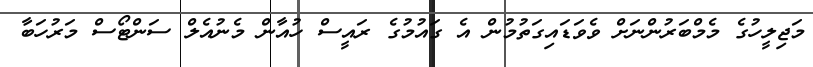
މަޖިލީހުގެ މެމްބަރުންނަށް ވެވަޑައިގަތުމުން އެ ގައުމުގެ ރައީސް ހުއާން މެނުއެލް ސަންޓޯސް މަރުހަބާ